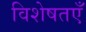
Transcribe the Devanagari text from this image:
विशेषतएँ